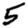
Digit: 5